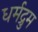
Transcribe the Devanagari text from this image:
धर्मद्रुम